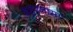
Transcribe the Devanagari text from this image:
शहरनामा